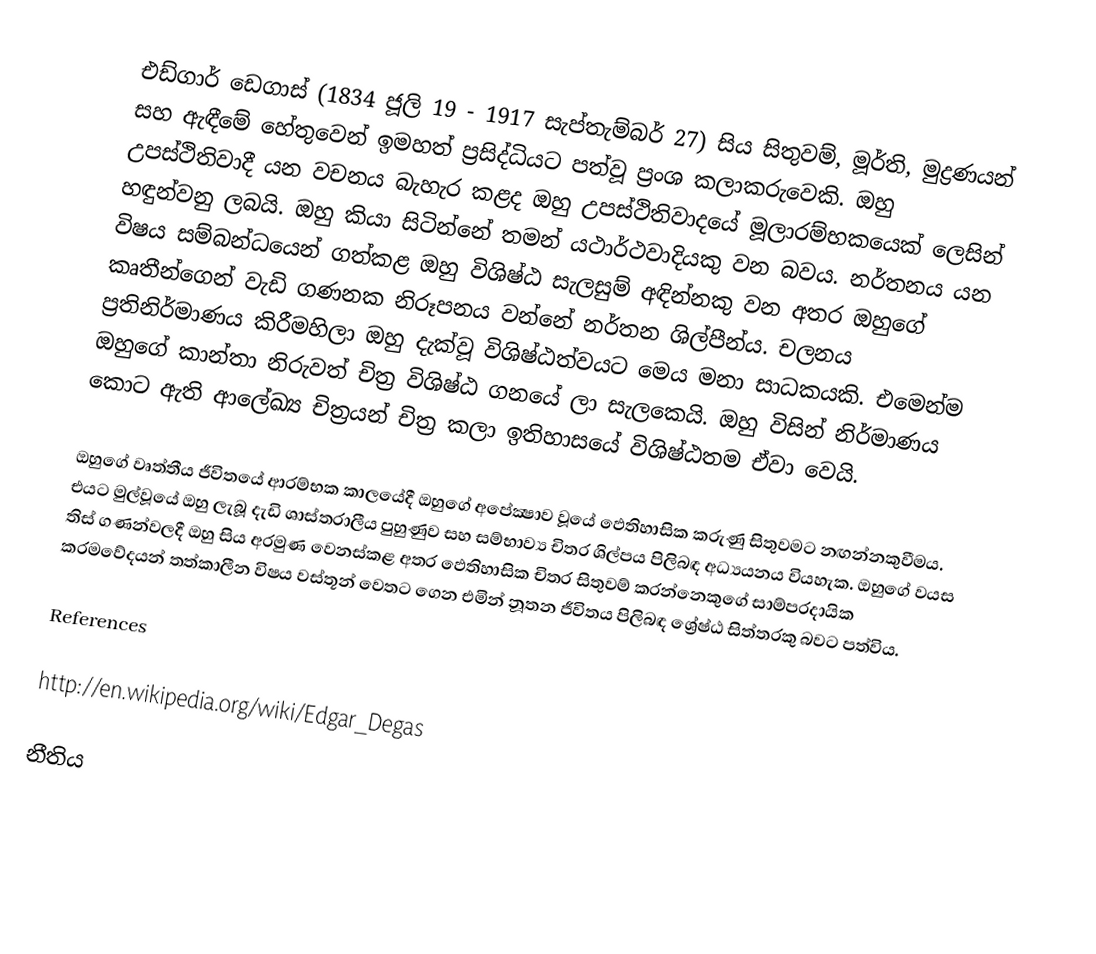
එඩ්ගාර් ඩෙගාස් (1834 ජූලි 19 - 1917 සැප්තැම්බර් 27) සිය සිතුවම්, මූර්ති, මුද්‍රණයන් සහ ඇඳීමේ හේතුවෙන් ඉමහත් ප‍්‍රසිද්ධියට පත්වූ ප‍්‍රංශ කලාකරුවෙකි. ඔහු උපස්ථිතිවාදී යන වචනය බැහැර කළද ඔහු උපස්ථිතිවාදයේ මූලාරම්භකයෙක් ලෙසින් හඳුන්වනු ලබයි. ඔහු කියා සිටින්නේ තමන් යථාර්ථවාදියකු වන බවය. නර්තනය යන විෂය සම්බන්ධයෙන් ගත්කළ ඔහු විශිෂ්ඨ සැලසුම් අඳින්නකු වන අතර ඔහුගේ කෘතීන්ගෙන් වැඩි ගණනක නිරූපනය වන්නේ නර්තන ශිල්පීන්ය. චලනය ප‍්‍රතිනිර්මාණය කිරීමහිලා ඔහු දැක්වූ විශිෂ්ඨත්වයට මෙය මනා සාධකයකි. එමෙන්ම ඔහුගේ කාන්තා නිරුවත් චිත‍්‍ර විශිෂ්ඨ ගනයේ ලා සැලකෙයි. ඔහු විසින් නිර්මාණය කොට ඇති ආලේඛ්‍ය චිත‍්‍රයන් චිත‍්‍ර කලා ඉතිහාසයේ විශිෂ්ඨතම ඒවා වෙයි.

ඔහුගේ වෘත්තීය ජීවිතයේ ආරම්භක කාලයේදී ඔහුගේ අපේක්‍ෂාව වූයේ ඵෙතිහාසික කරුණු සිතුවමට නඟන්නකුවීමය. එයට මුල්වූයේ ඔහු ලැබූ දැඩි ශාස්ත‍්‍රාලීය පුහුණුව සහ සම්භාව්‍ය චිත‍්‍ර ශිල්පය පිලිබඳ අධ්‍යයනය වියහැක. ඔහුගේ වයස තිස් ගණන්වලදී ඔහු සිය අරමුණ වෙනස්කළ අතර ඵෙතිහාසික චිත‍්‍ර සිතුවම් කරන්නෙකුගේ සාම්ප‍්‍රදායික ක‍්‍රමවේදයන් තත්කාලීන විෂය වස්තූන් වෙතට ගෙන එමින් නූතන ජීවිතය පිලිබඳ ශ්‍රේෂ්ඨ සිත්තරකු බවට පත්විය.

References

http://en.wikipedia.org/wiki/Edgar_Degas

නීතිය